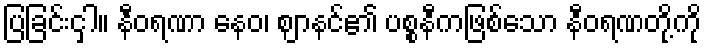
ပြခြင်းငှါ။ နီဝရဏာ နေဝ၊ ဈာနင်၏ ပစ္စနီကဖြစ်သော နီဝရဏတို့ကို